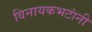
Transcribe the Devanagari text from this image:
विनायकभटांनी